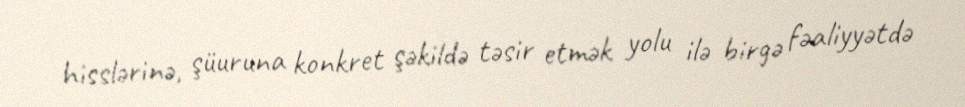
hisslərinə, şüuruna konkret şəkildə təsir etmək yolu ilə birgə fəaliyyətdə